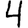
Digit: 4